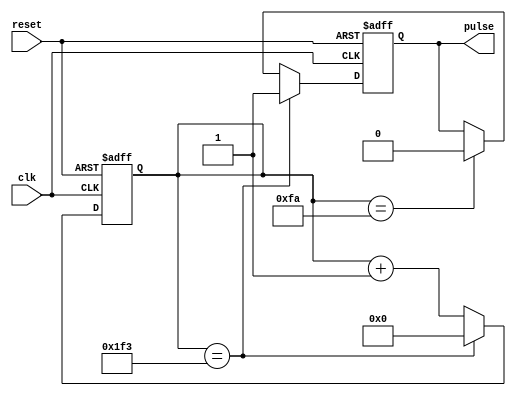
module Synchronous_Pulse_Generator(
    input wire clk,
    input wire reset,
    output reg pulse
);

reg [31:0] counter;
parameter DIVIDER = 32'd500; // Control frequency of pulses
parameter DUTY_CYCLE = 16'd50; // Control duty cycle of pulses
parameter PULSE_WIDTH = 8'd10; // Control pulse width

always @(posedge clk or posedge reset) begin
    if (reset) begin
        pulse <= 1'b0;
        counter <= 32'd0;
    end else begin
        if (counter == DIVIDER-1) begin
            pulse <= 1'b1;
            counter <= 32'd0;
        end else begin
            if (counter == (DIVIDER * DUTY_CYCLE) / 100) begin
                pulse <= 1'b0;
            end
            counter <= counter + 1;
        end
    end
end

endmodule